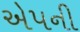
એપની